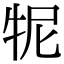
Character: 𤙌